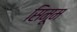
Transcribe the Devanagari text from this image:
सिमूम